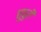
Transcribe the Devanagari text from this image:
घुघुरी